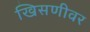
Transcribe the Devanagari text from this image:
खिसणीवर